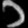
Digit: ၁